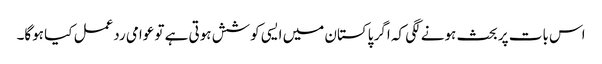
اس بات پر بحث ہونے لگی کہ اگر پاکستان میں ایسی کوشش ہوتی ہے تو عوامی ردعمل کیا ہوگا۔